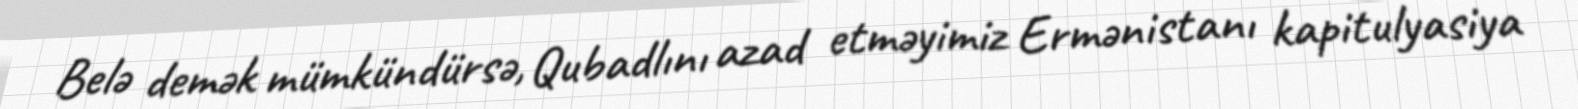
Belə demək mümkündürsə, Qubadlını azad etməyimiz Ermənistanı kapitulyasiya